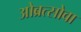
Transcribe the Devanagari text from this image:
ओब्रत्सोवा